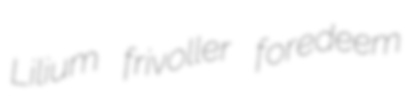
Lilium frivoller foredeem